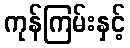
ကုန်ကြမ်းနှင့်